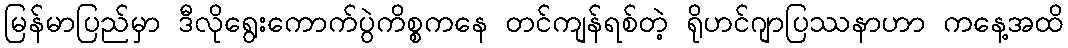
မြန်မာပြည်မှာ ဒီလိုရွေးကောက်ပွဲကိစ္စကနေ တင်ကျန်ရစ်တဲ့ ရိုဟင်ဂျာပြဿနာဟာ ကနေ့အထိ